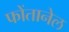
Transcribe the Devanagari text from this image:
फोंतानेल